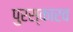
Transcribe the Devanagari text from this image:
पुरस्कारव